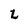
Character: 2